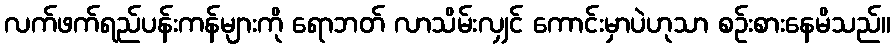
လက်ဖက်ရည်ပန်းကန်များကို ရောဘတ် လာသိမ်းလျှင် ကောင်းမှာပဲဟုသာ စဉ်းစားနေမိသည်။